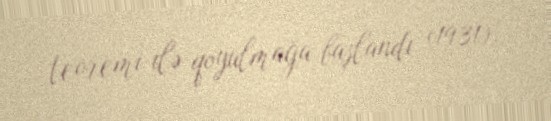
teoremi ilə qoyulmağa başlandı (1931).